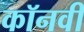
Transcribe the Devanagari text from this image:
कॉनवी